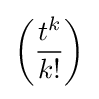
\left({\frac {t^{k}}{k!}}\right)